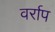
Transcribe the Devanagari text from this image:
वर्राप